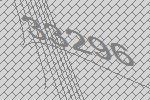
33296